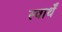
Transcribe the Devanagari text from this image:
स्वार्थें